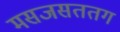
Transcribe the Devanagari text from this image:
मसजसततग